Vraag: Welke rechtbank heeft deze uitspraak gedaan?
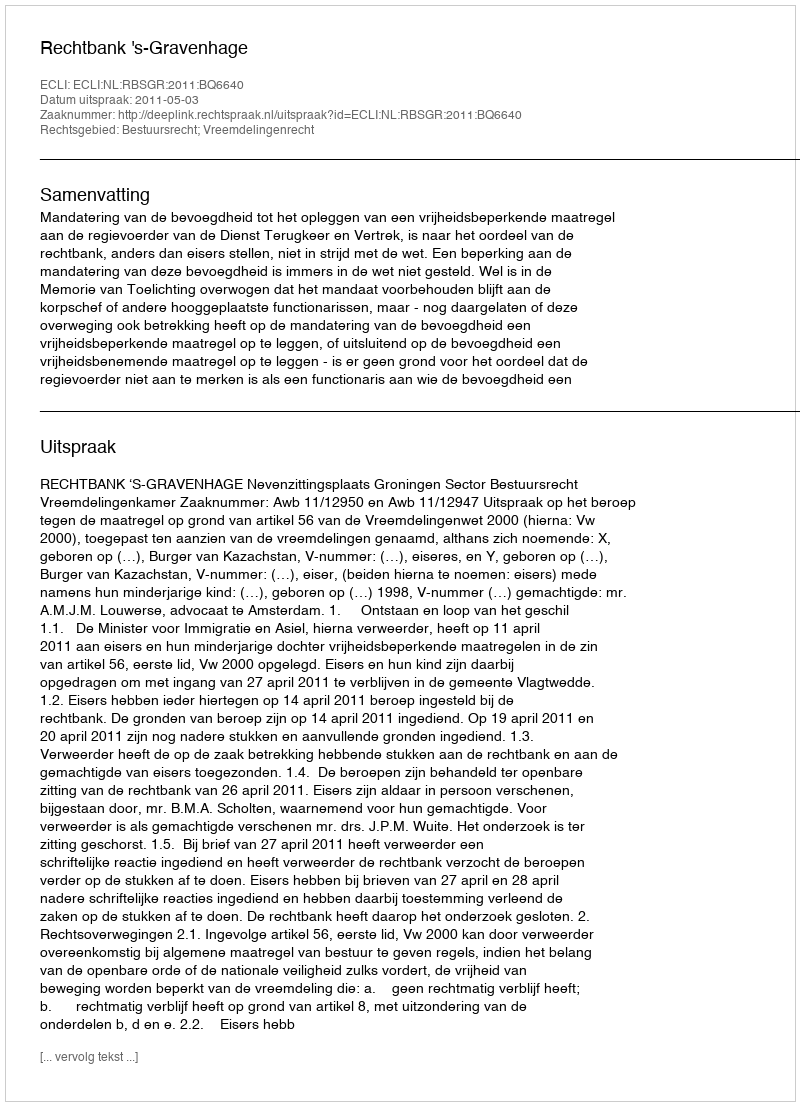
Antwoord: Rechtbank 's-Gravenhage